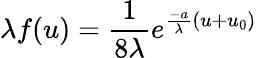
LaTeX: \lambda f(u)=\frac 1{8\lambda}e^{\frac{-a}{\lambda}(u+u_{0})}